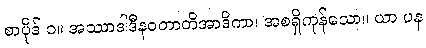
စာပိုဒ် ၁။ အဿာဒါဒီနဝတာတိအာဒိကာ၊ အစရှိကုန်သော။ ယာ ပန